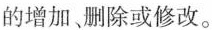
的增加 删除或修改。